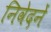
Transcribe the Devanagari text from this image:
निवेदनें